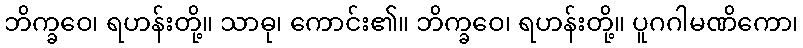
ဘိက္ခဝေ၊ ရဟန်းတို့။ သာဓု၊ ကောင်း၏။ ဘိက္ခဝေ၊ ရဟန်းတို့။ ပူဂဂါမဏိကော၊